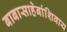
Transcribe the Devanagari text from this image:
बाबासाहेबांशिवाय